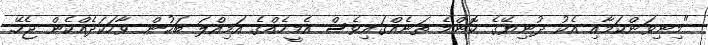
"މިނިވަންކަމާއި އެކު ދުނިޔޭގެ ކޮންމެ ތަނެއްގައިވެސް އެމީހެއްގެ އަމިއްލަ ބަހުން ވާހަކަދެއްކެން ޖެހޭ.